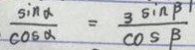
\frac { \sin \alpha } { \cos \alpha } = \frac { 3 \sin \beta 1 } { \cos \beta }